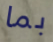
بما